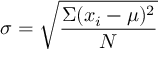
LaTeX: \sigma = { \sqrt { \frac { \Sigma ( x _ { i } - \mu ) ^ { 2 } } { N } } }